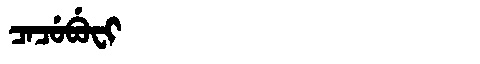
Manchu: ᠴᠠᠴᡠᠪᡠᠸᡳ
Romanization: CACUBUFI